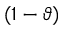
( 1 - \vartheta )